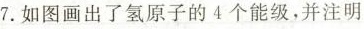
7.如图画出了氢原子的4个能级，并注明